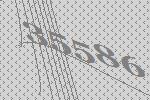
35586